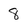
Character: 8